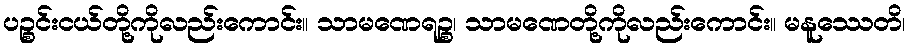
ပဉ္စင်းငယ်တို့ကိုလည်းကောင်း။ သာမဏေရဉ္စ၊ သာမဏေတို့ကိုလည်းကောင်း။ မနူဿေတိ၊